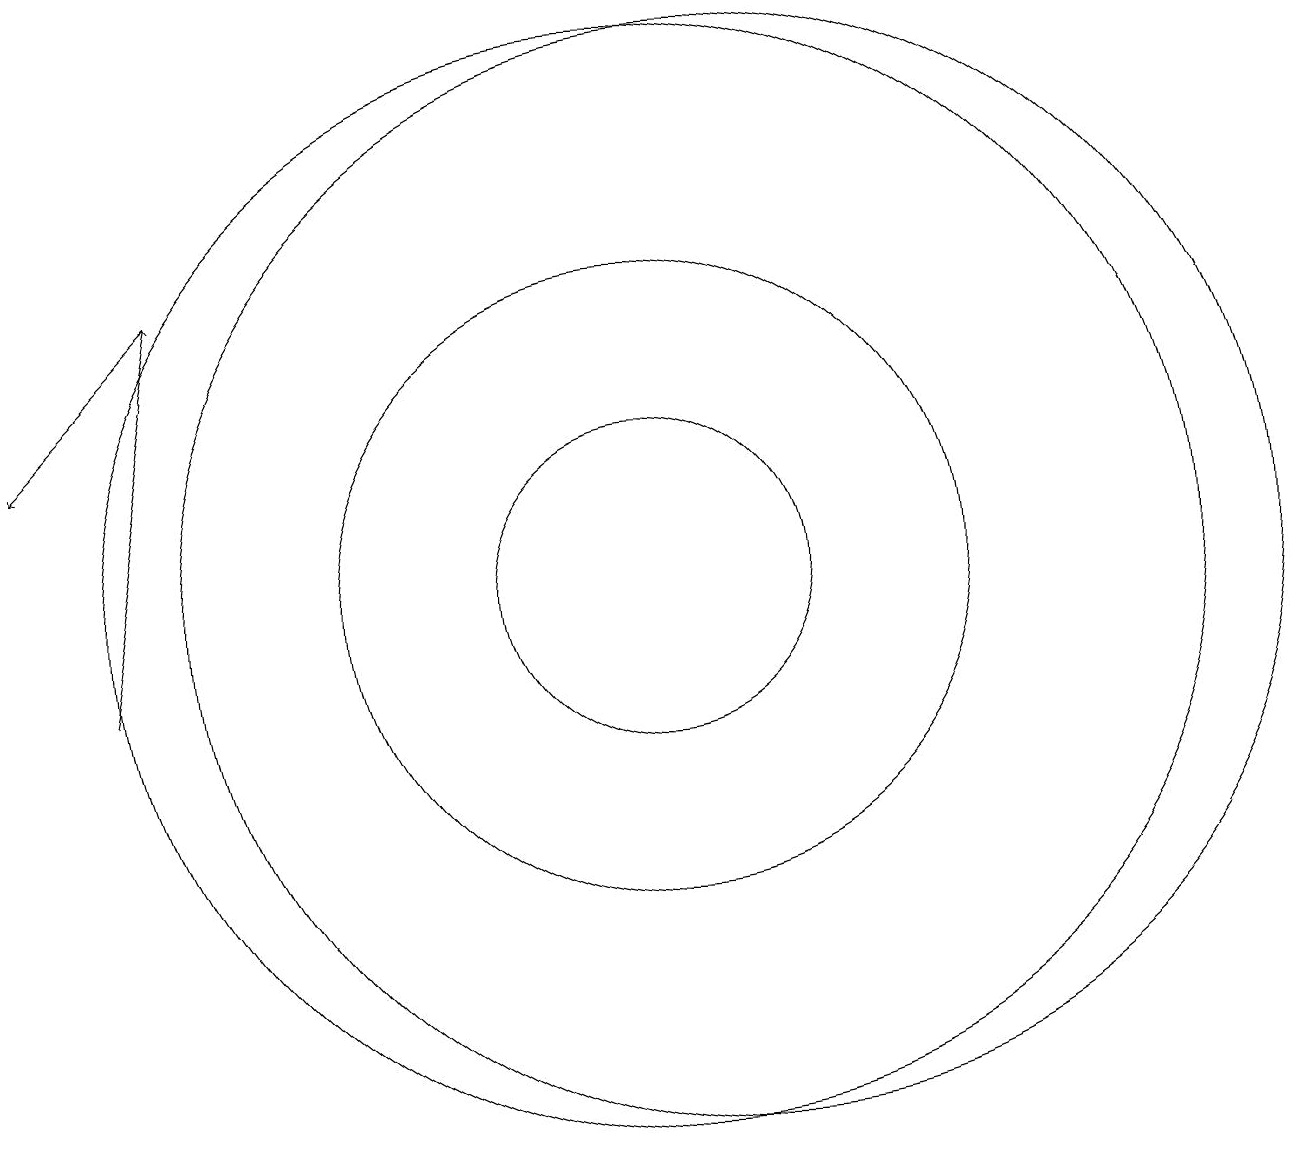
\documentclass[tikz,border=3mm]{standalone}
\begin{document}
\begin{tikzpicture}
\draw (10,11) circle (2);
\draw[->] (4,15) -- (2,13);
\draw (11,11) circle (7);
\draw (10,11) circle (4);
\draw[->] (3,10) -- (4,15);
\draw (10,11) circle (7);
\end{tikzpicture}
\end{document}